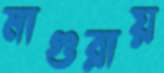
মাগুরায়